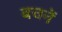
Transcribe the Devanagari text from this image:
बचनें